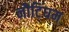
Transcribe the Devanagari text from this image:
नौटिंघम